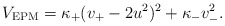
\begin{align*}V_{\rm EPM} = \kappa_+ ( v_+ - 2u^2 )^2 + \kappa_- v_-^2.\end{align*}